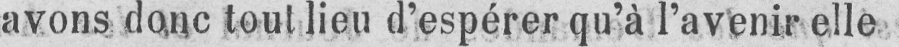
avons donc tout lieu d’espérer qu’à l’avenir elle